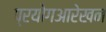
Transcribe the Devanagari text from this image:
प्रयोगआरेखन